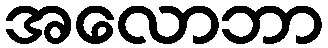
အလောဘာ